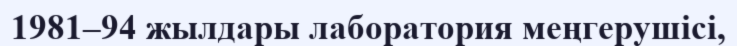
1981–94 жылдары лаборатория меңгерушісі,